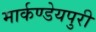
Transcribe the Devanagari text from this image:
मार्कण्डेयपुरी